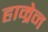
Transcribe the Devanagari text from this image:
हाम्रेन